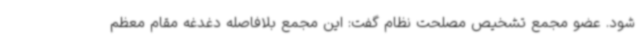
شود. عضو مجمع تشخیص مصلحت نظام گفت: این مجمع بلافاصله دغدغه مقام معظم